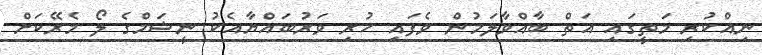
ނިއްކުރި މަތީގައި އަތް ބާއްވާލަމުން ވެފައި ހުރި ވަރުބައްޔާއެކު ނީޝަމްގެ ލޯ މެރޭކަށް